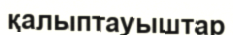
қалыптауыштар